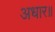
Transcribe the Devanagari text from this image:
अधार॥